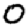
Digit: 0